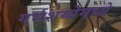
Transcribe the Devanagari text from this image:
गर्भशय्येमध्ये